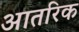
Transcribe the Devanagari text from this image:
आतरिक